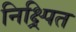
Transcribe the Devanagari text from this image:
निक्ष्र्पित